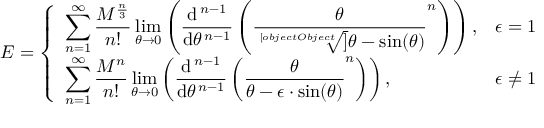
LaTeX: E = { \left\{ \begin{array} { l l } { \displaystyle \sum _ { n = 1 } ^ { \infty } { \frac { M ^ { \frac { n } { 3 } } } { n ! } } \operatorname* { l i m } _ { \theta \to 0 } \left( { \frac { \mathrm { d } ^ { \, n - 1 } } { \mathrm { d } \theta ^ { \, n - 1 } } } \left( { \frac { \theta } { \sqrt [ [object Object] ] { \theta - \sin ( \theta ) } } } ^ { n } \right) \right) , } & { \epsilon = 1 } \\ { \displaystyle \sum _ { n = 1 } ^ { \infty } { \frac { M ^ { n } } { n ! } } \operatorname* { l i m } _ { \theta \to 0 } \left( { \frac { \mathrm { d } ^ { \, n - 1 } } { \mathrm { d } \theta ^ { \, n - 1 } } } \left( { \frac { \theta } { \theta - \epsilon \cdot \sin ( \theta ) } } ^ { n } \right) \right) , } & { \epsilon \neq 1 } \end{array} \right. }